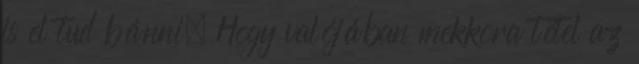
is el tud bánni. Hogy valójában mekkora tétel az